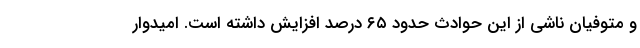
و متوفیان ناشی از این حوادث حدود ۶۵ درصد افزایش داشته است. امیدوار